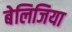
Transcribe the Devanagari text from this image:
बेलिजिया